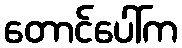
တောင်ပေါ်က